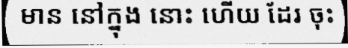
មាន នៅក្នុង នោះ ហើយ ដែរ ចុះ